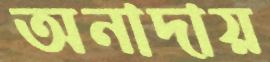
অনাদায়